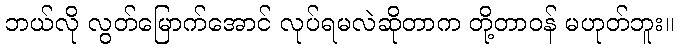
ဘယ်လို လွတ်မြောက်အောင် လုပ်ရမလဲဆိုတာက တို့တာဝန် မဟုတ်ဘူး။